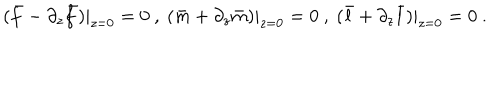
( \bar { f } - \partial _ { z } \bar { f } ) | _ { z = 0 } = 0 \ , \ ( \bar { m } + \partial _ { z } \bar { m } ) | _ { z = 0 } = 0 \ , \ ( \bar { l } + \partial _ { z } \bar { l } ) | _ { z = 0 } = 0 \ .